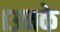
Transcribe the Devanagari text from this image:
।उनके